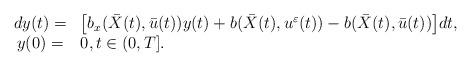
LaTeX: \begin{align*}\begin{array}[c]{cl}d{y}(t)= &\big{[} b_x(\bar{X}{(t)},\bar{u}(t))y(t)+b(\bar{X}{(t)},u^{\varepsilon}(t))-b(\bar{X}{(t)},\bar{u}(t))\big{]}dt, \\y(0)= & 0,t\in (0,T].\end{array}\end{align*}